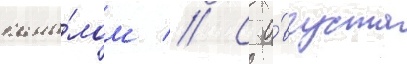
кана́лом // С а́вгуста